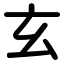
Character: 玄